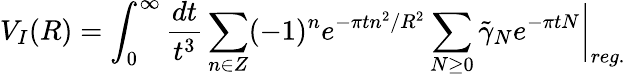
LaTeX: V_{I}(R)=\int_{0}^{\infty}\frac{dt}{t^{3}}\sum_{n\in Z}(-1)^{n}e^{-\pi tn^{2}/R^{2}}\sum_{N\geq 0}\tilde{\gamma}_{N}e^{-\pi tN}\bigg\vert_{reg.}